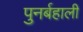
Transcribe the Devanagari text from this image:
पुनर्बहाली